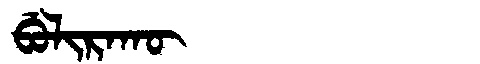
Manchu: ᠪᡠᠯᡳᡵᠠᡴᡡ
Romanization: BULIRAKŪ